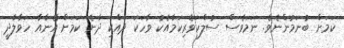
ކަމަށް ބުނަމުންނެވެ. ނަމަވެސް ސުލްހަވެރިކަމާއެކު ވާހަކަ ދެއްކި ދާނެ ކަމަށް އޭނާއާ ހަވާލާދީ